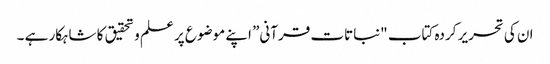
ان کی تحریر کردہ کتاب "نباتات قرآنی” اپنے موضوع پر علم و تحقیق کا شاہکار ہے ۔